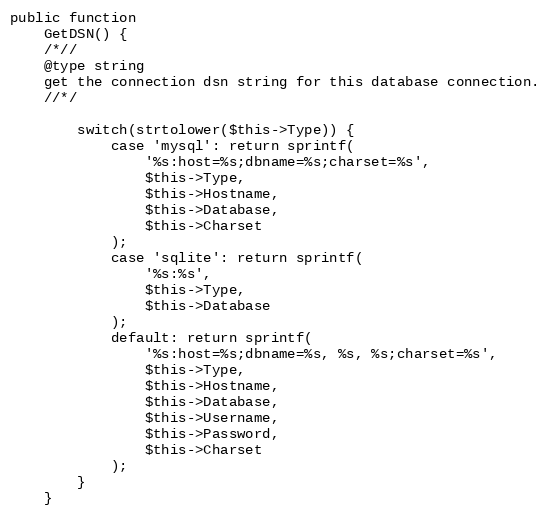
Language: PHP
public function
	GetDSN() {
	/*//
	@type string
	get the connection dsn string for this database connection.
	//*/

		switch(strtolower($this->Type)) {
			case 'mysql': return sprintf(
				'%s:host=%s;dbname=%s;charset=%s',
				$this->Type,
				$this->Hostname,
				$this->Database,
				$this->Charset
			);
			case 'sqlite': return sprintf(
				'%s:%s',
				$this->Type,
				$this->Database
			);
			default: return sprintf(
				'%s:host=%s;dbname=%s, %s, %s;charset=%s',
				$this->Type,
				$this->Hostname,
				$this->Database,
				$this->Username,
				$this->Password,
				$this->Charset
			);
		}
	}